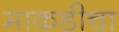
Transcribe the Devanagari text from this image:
माकडीचा